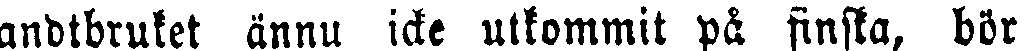
andtbruket ännu icke utkommit på finska, bör